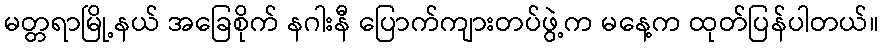
မတ္တရာမြို့နယ် အခြေစိုက် နဂါးနီ ပြောက်ကျားတပ်ဖွဲ့က မနေ့က ထုတ်ပြန်ပါတယ်။